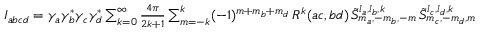
\begin{array} { r } { I _ { a b c d } = \gamma _ { a } \gamma _ { b } ^ { * } \gamma _ { c } \gamma _ { d } ^ { * } \sum _ { k = 0 } ^ { \infty } \frac { 4 \pi } { 2 k + 1 } \sum _ { m = - k } ^ { k } ( - 1 ) ^ { m + m _ { b } + m _ { d } } \, R ^ { k } ( a c , b d ) \, \tilde { S } _ { m _ { a } , - m _ { b } , - m } ^ { l _ { a } , l _ { b } , k } \, \tilde { S } _ { m _ { c } , - m _ { d } , m } ^ { l _ { c } , l _ { d } , k } } \end{array}